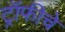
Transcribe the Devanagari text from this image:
ट्रॉफीचे